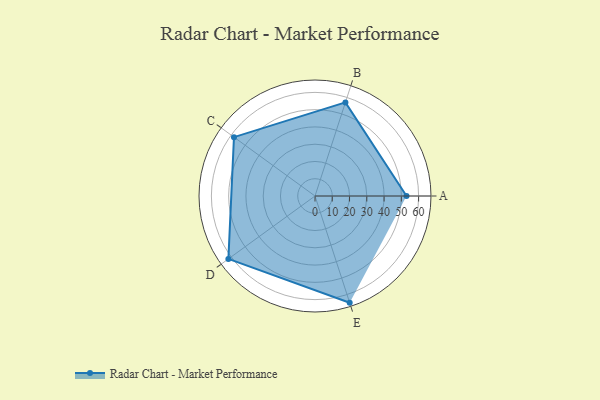
{"axis": {"x": "Skill", "y": "Score"}, "legend": ["Profile"], "data": [{"x": "A", "y": 53.0, "type": "Profile"}, {"x": "B", "y": 57.0, "type": "Profile"}, {"x": "C", "y": 58.0, "type": "Profile"}, {"x": "D", "y": 62.0, "type": "Profile"}, {"x": "E", "y": 65.0, "type": "Profile"}]}